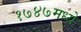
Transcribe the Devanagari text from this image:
१७४७मध्ये